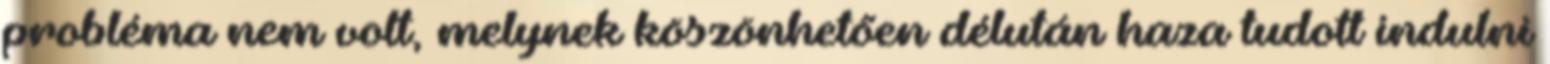
probléma nem volt, melynek köszönhetően délután haza tudott indulni